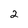
Character: 2